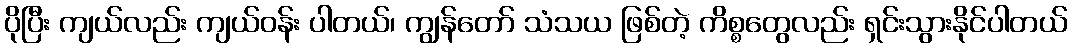
ပိုပြီး ကျယ်လည်း ကျယ်ဝန်း ပါတယ်၊ ကျွန်တော် သံသယ ဖြစ်တဲ့ ကိစ္စတွေလည်း ရှင်းသွားနိုင်ပါတယ်